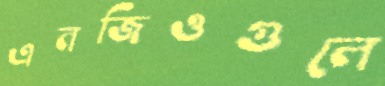
এনজিওগুলে